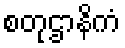
စတုဌာနိကံ